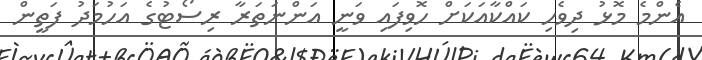
އެންމެ މޮޅު ދިވެހި ކައްކާއަކަށް ހޮވިފައި ވަނީ އަންނަތަރާ ރިސޯޓުގެ އަހުމަދު ފަތީން